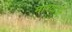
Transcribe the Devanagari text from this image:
माश्याची